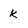
Character: k